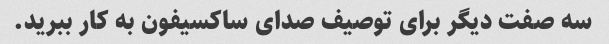
سه صفت دیگر برای توصیف صدای ساکسیفون به کار ببرید.